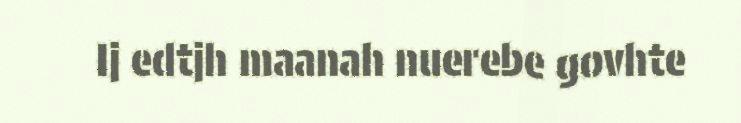
Ij edtjh maanah nuerebe govhte